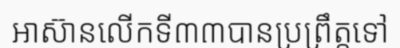
អាស៊ានលើកទី៣៣បានប្រព្រឹត្តទៅ